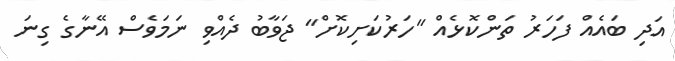
އަދި ބައެއް ފަހަރު ތަންކޮޅެއް "ހަރުކަށިކޮށް" ޖަވާބު ދެއްވި ނަމަވެސް އޭނާގެ ގިނަ